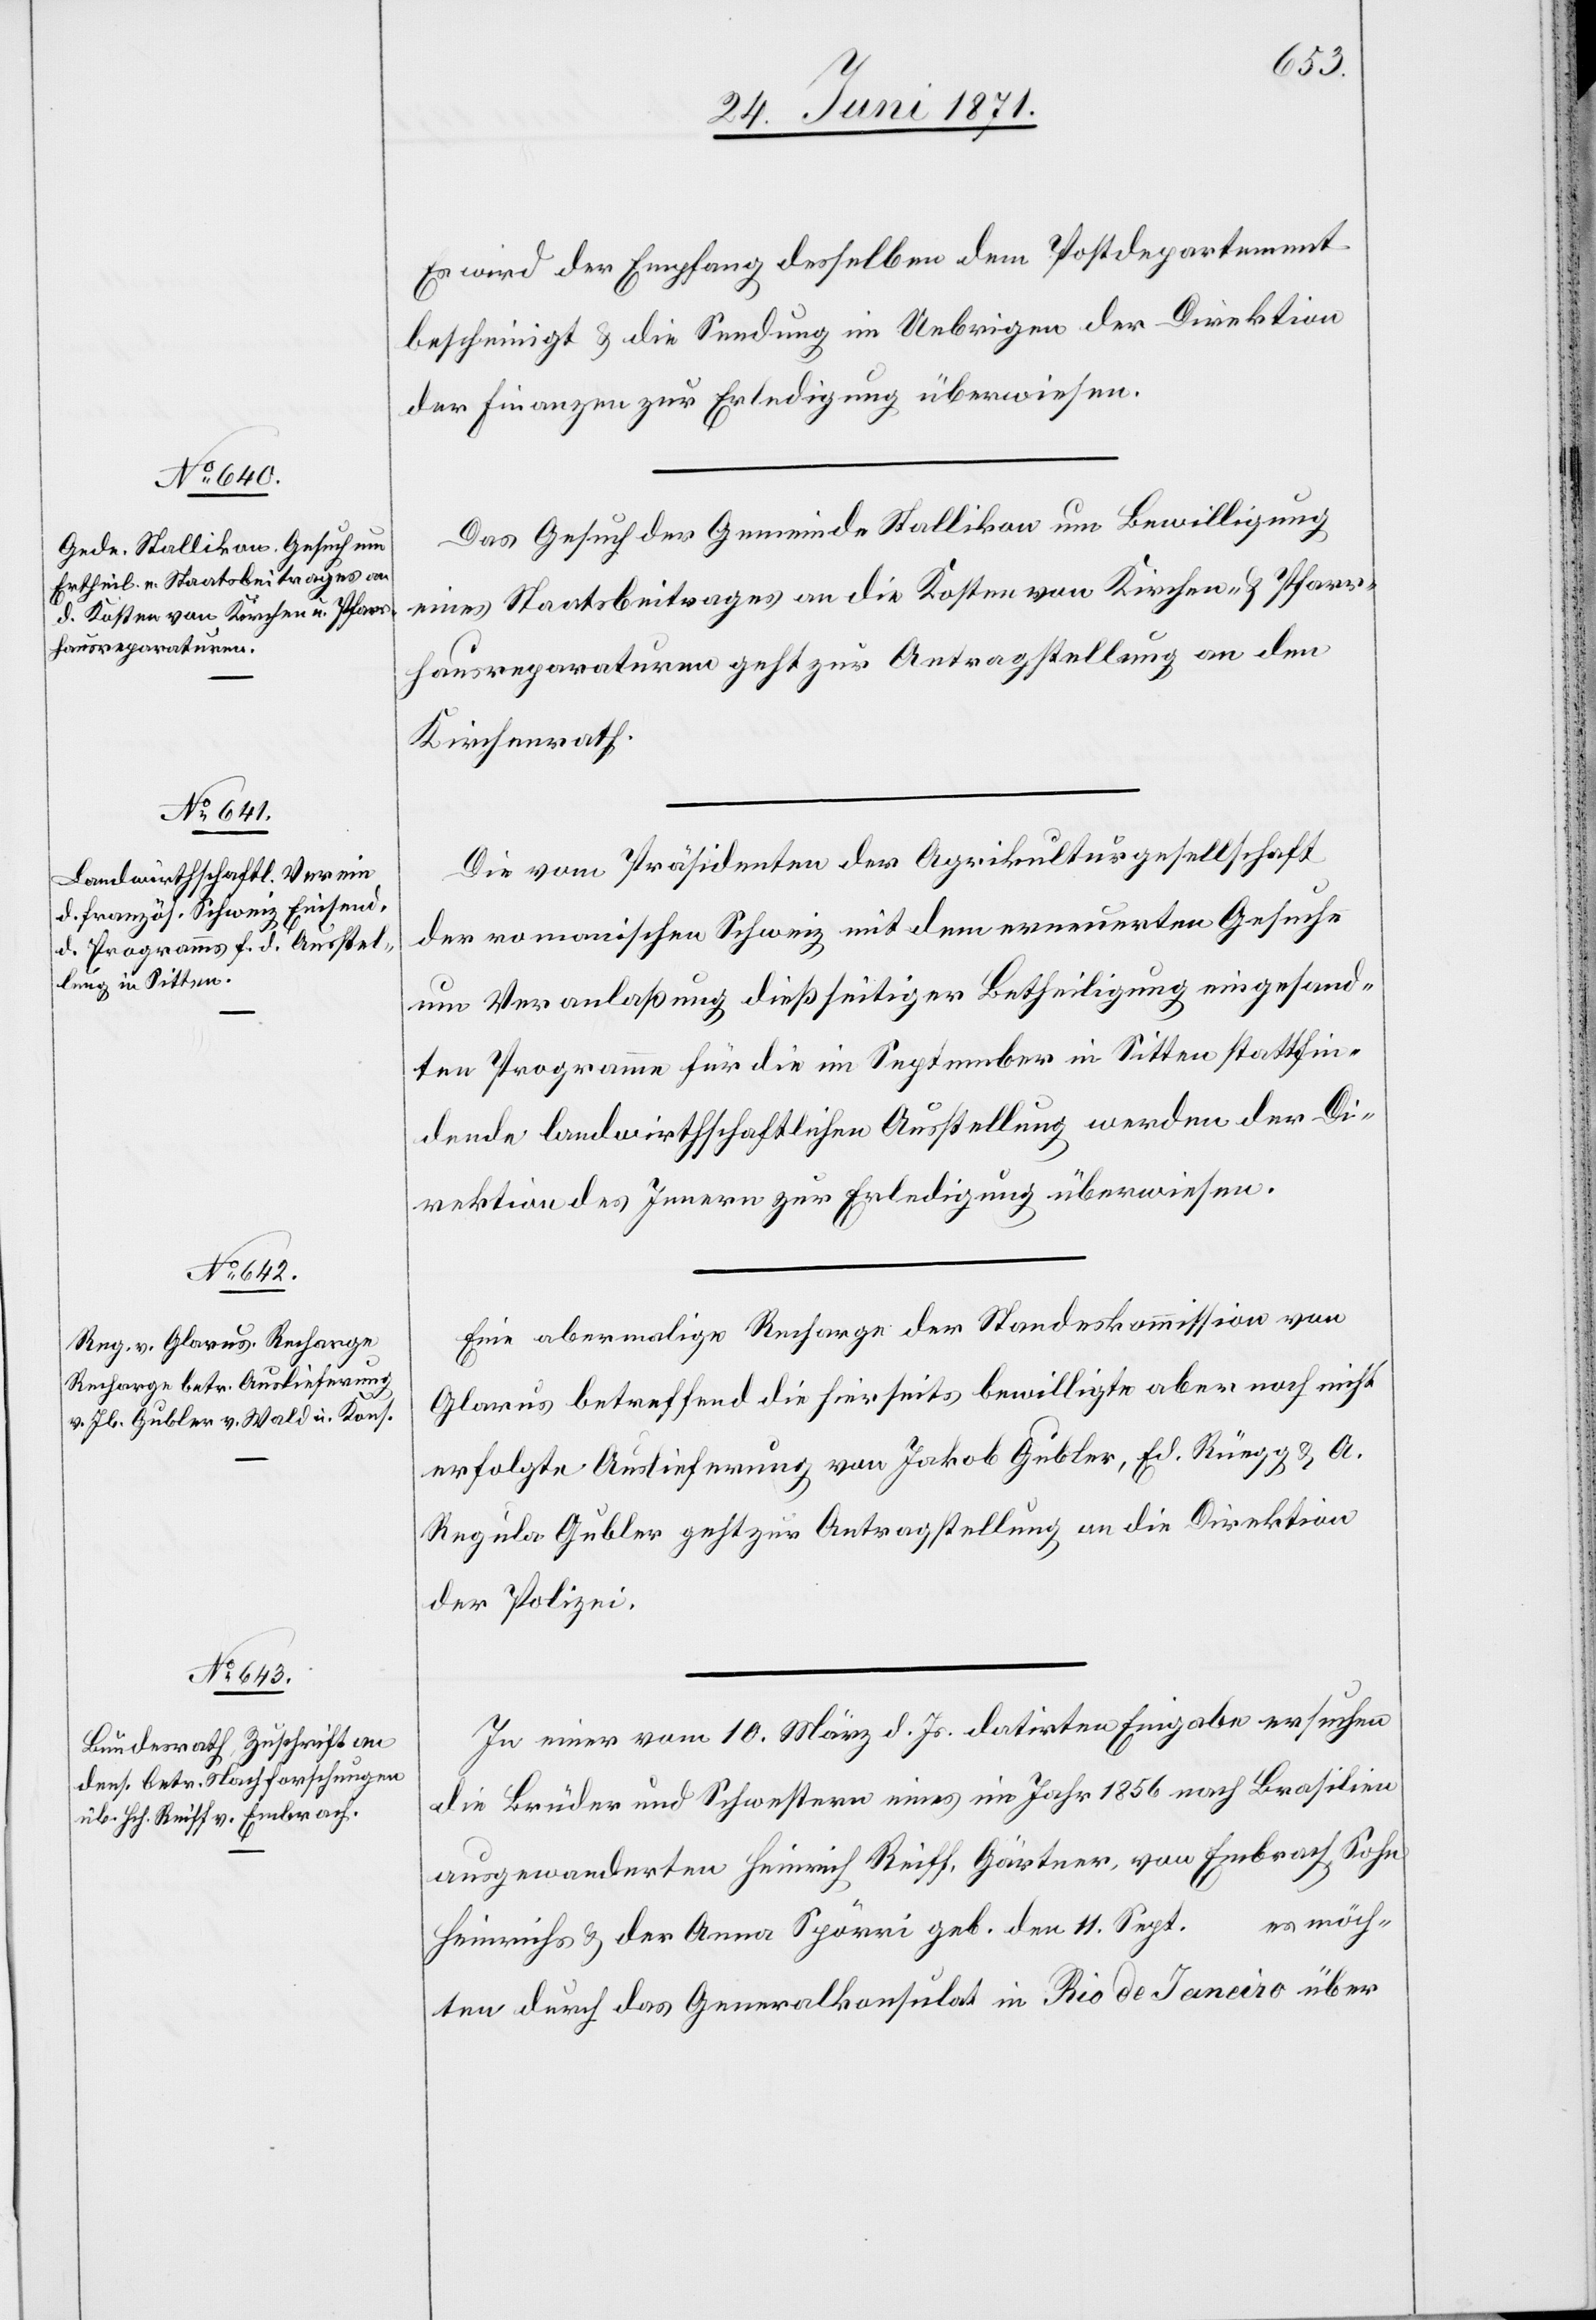
26. Juni 1871.]
Es wird der Empfang desselben dem Postdepartement
bescheinigt u. die Sendung im Uebrigen der Direktion
der Finanzen zu Erledigung überwiesen.
Das Gesuch der Gemeinde Stallikon um Bewilligung
eines Staatsbeitrages an die Kosten von Kirchen- u. Pfarr¬
hausreparaturen geht zur Antragstellung an den
Kirchenrath.
Die vom Präsidenten der Aprilkulturgesellschaft
der romanischen Schweiz mit dem erneuerten Gesuche
um Veranlaßung dießseitiger Betheiligung eingesand¬
ten Programme für die im September in Sitten stattfin¬
dende landwirthschaftlichen [sic!] Ausstellung werden der Di¬
rektion des Innern zur Erledigung überwiesen.
Eine abermalige Recharge der Standeskommission von
Glarus betreffend die hierseits bewilligte aber noch nicht
erfolgte Auslieferung von Jakob Gubler, Ed. Rüegg u. A.
…
Regula Gubler geht zur Antragstellung an die Direktion
der Polizei.
In einer vom 10. März d. Js. datirten Eingabe ersuchen
die Brüder und Schwestern eines im Jahr 1856 nach Brasilien
ausgewanderten Heinrich Reiff, Gärtner, von Embrach, Sohn
es möch¬
Heinrichs u. der Anna Spörri geb. den 11. Sept.
ten durch das Generalkonsulat in Rio de Janeiro über